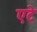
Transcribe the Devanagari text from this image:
एटे